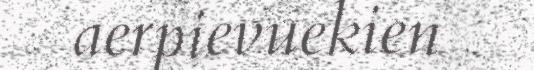
aerpievuekien